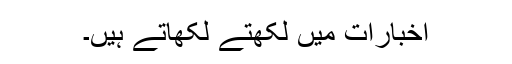
اخبارات میں لکھتے لکھاتے ہیں۔